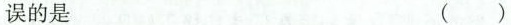
误的是（ ）